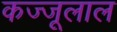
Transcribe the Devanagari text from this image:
कज्‍जूलाल